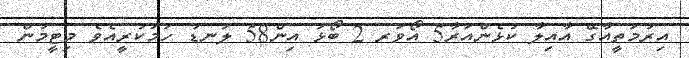
އިރުމަތީއާގޭ އާއިލާ ކުޅެންއަރާ5 އޯވަރ 2 ބޯޅަ އިން58 ލަނޑު ހަމަކުރީއެވެ މިޓީމުން